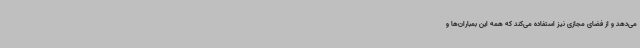
می‌دهد و از فضای مجازی نیز استفاده می‌کند که همه این بمباران‌ها و